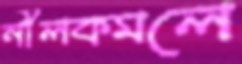
নীলকমলে